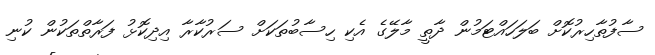
ސާފުތާހިރުކޮށް ބަލަހައްޓަމުން ދާތީ މާލޭގެ އެކި ހިސާބުތަކަށް ސަރުކާރާ އިދިކޮޅު ފަރާތްތަކުން ކުނި